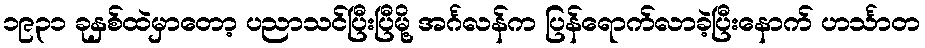
၁၉၃၁ ခုနှစ်ထဲမှာတော့ ပညာသင်ပြီးပြီမို့ အင်္ဂလန်က ပြန်ရောက်လာခဲ့ပြီးနောက် ဟင်္သာတ